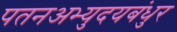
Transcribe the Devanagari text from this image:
पतनअभ्युदयबंधुर